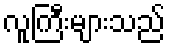
လူကြီးများသည်